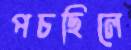
পচছিলে